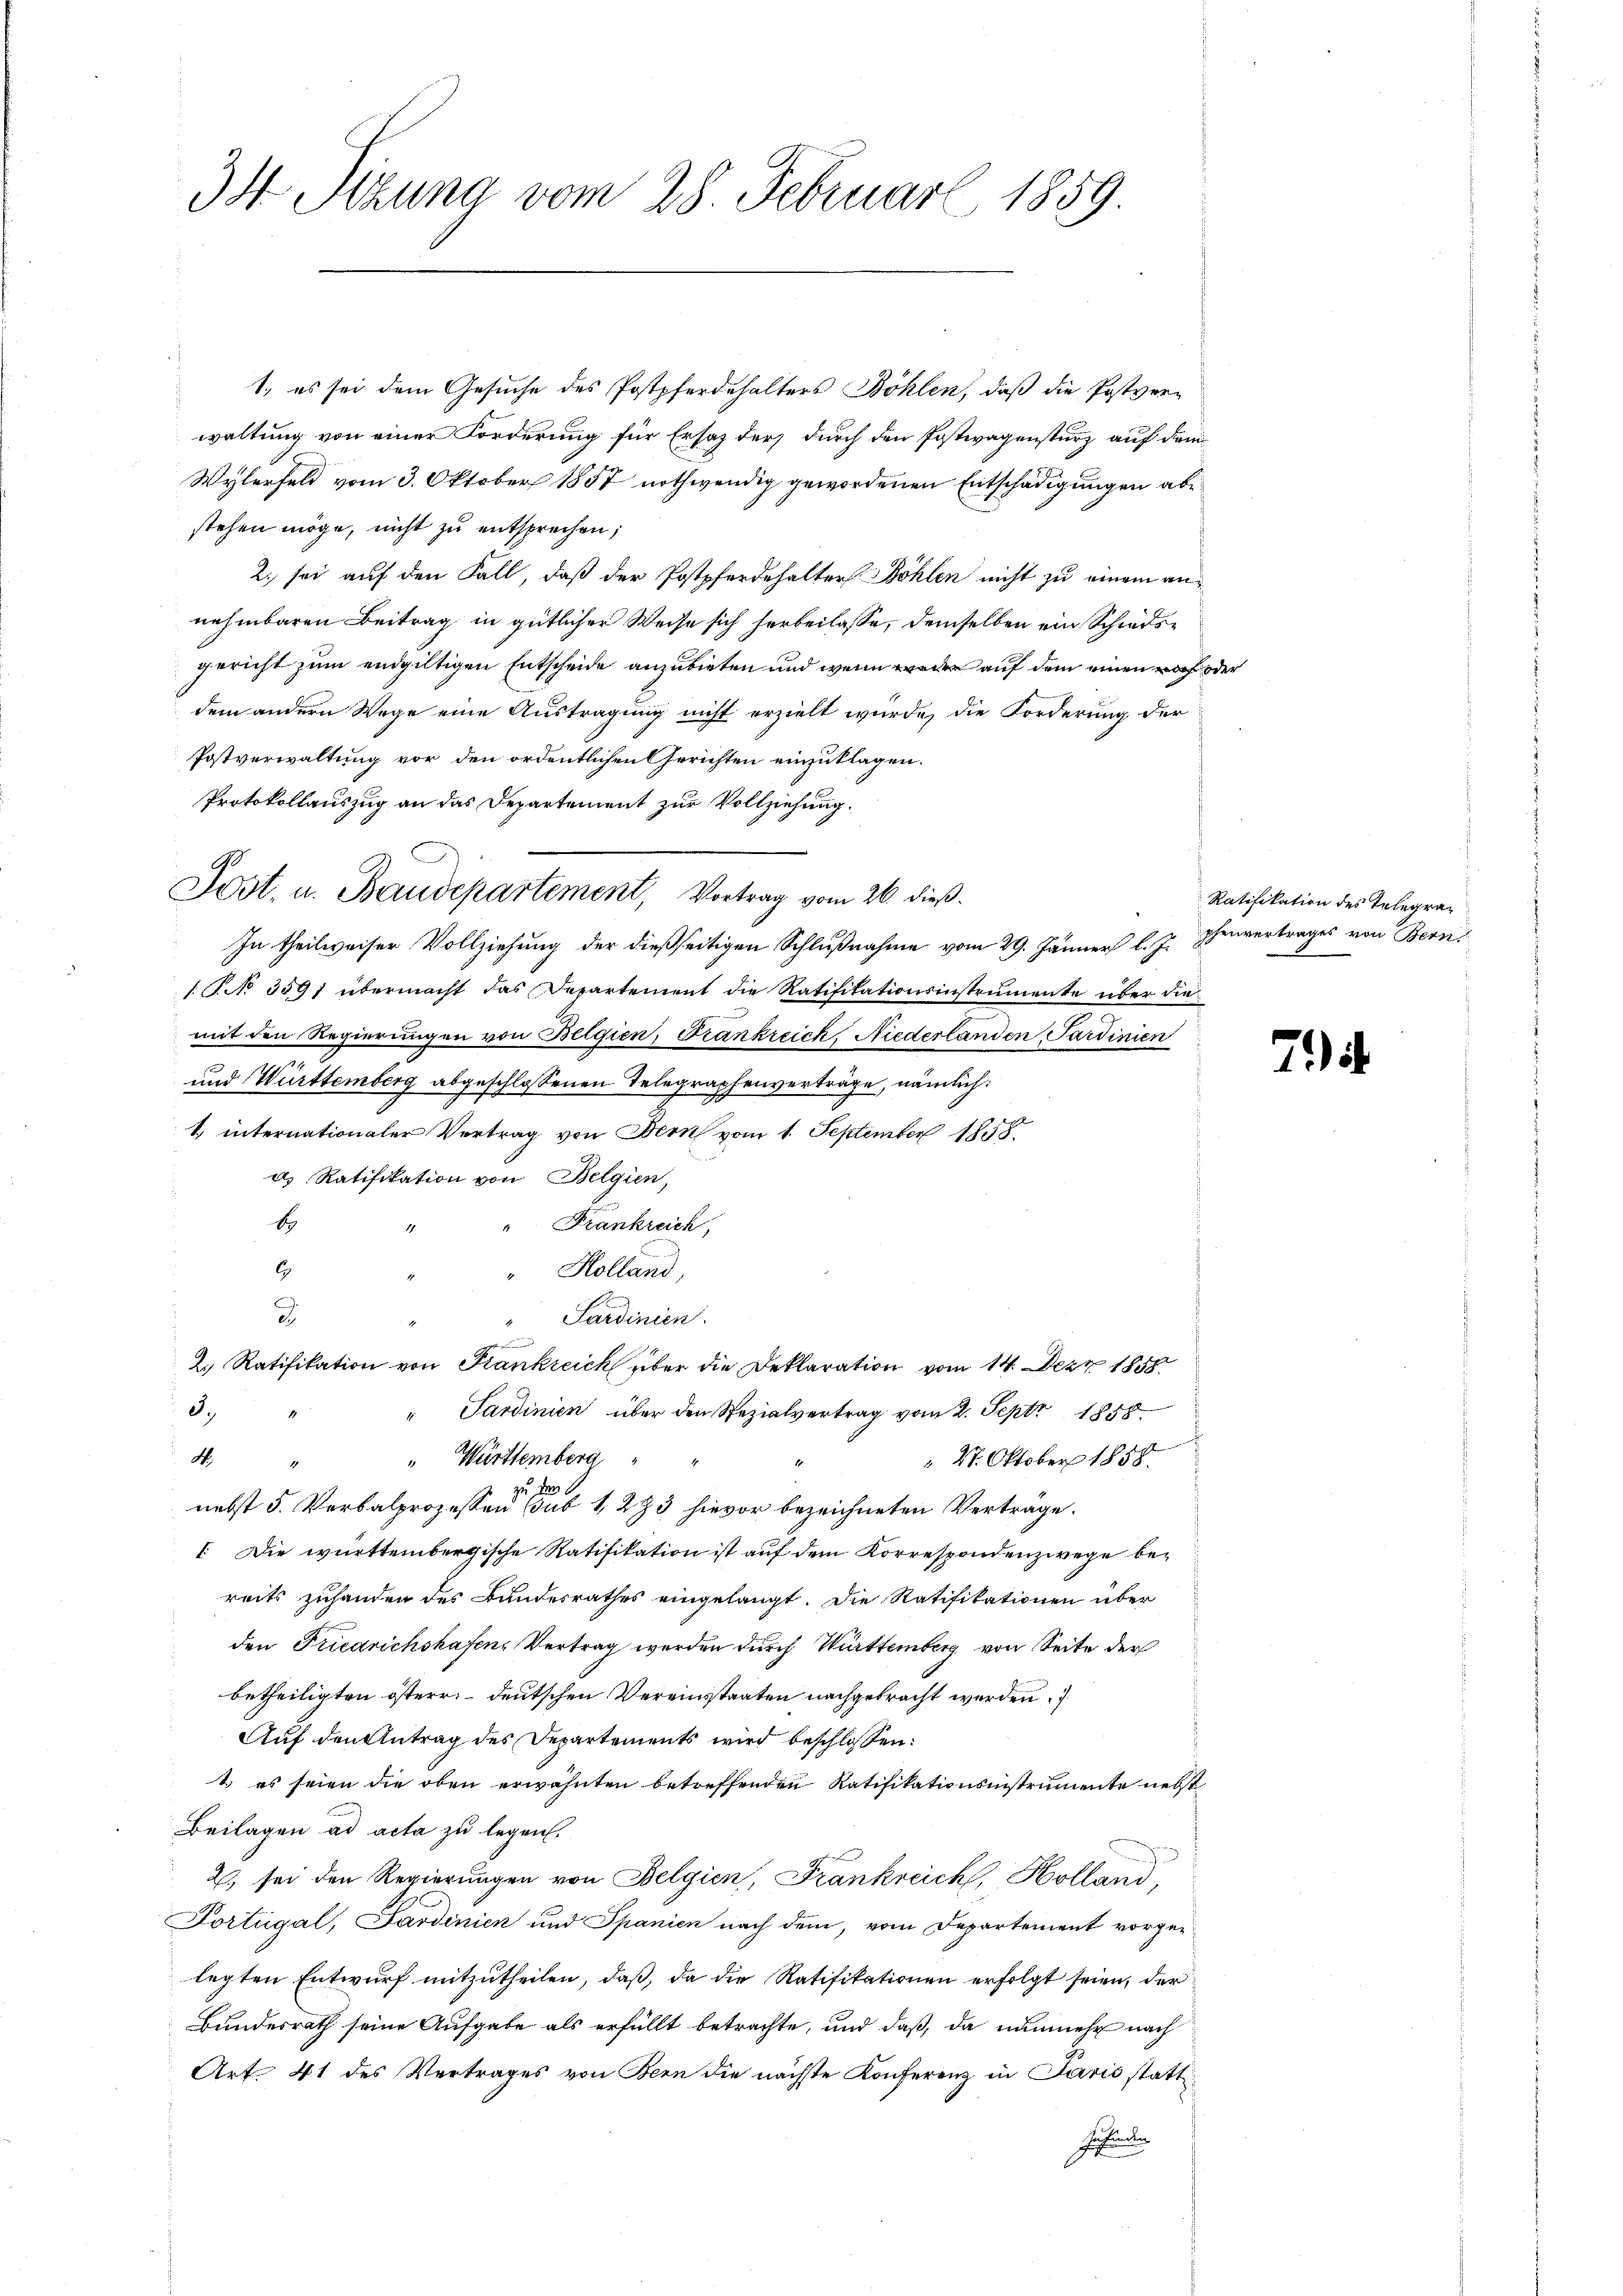
34 Sizung vom 28. Februar 1859.

1, es sei dem Gesuche des Postpferdehalters Böhlen, daß die Postver-
waltung von einer Forderung für Ersatz der durch den Postwagensturz auf dem
Wylerfeld vom 3. Oktober 1857 nothwendig gewordenen Entschädigungen abe
stehen möge, nicht zu entsprechen;
2. sei auf den Fall, daß der Postpferdehalter Böhlen nicht zu einem annehmbaren Beitrag in gütlicher Weise sich herbeilasse, demselben ein Schiedsgericht zum endgültigen Entscheide anzubieten und wenn weder auf dem einen noch oder
dem andern Wege eine Austragung nicht erzielt wurde, die Forderung der
Postverwaltung vor den ordentlichen Gerichten einzuklagen.
Protokollauszug an das Departement zur Vollziehung.
G
Jost, u. Baudepartement, Vortrag vom 26. dieß.
In theilweiser Vollziehung der dießseitigen Schlußnahme vom 29. Jänner l. J. Ehevertrages von Bern
1.P. No 359) übermacht das Departement die Ratifikationsinstrumente über die
mit den Regierungen von Belgien, Frankreich, Niederländen Sardinien
und Württemberg abgeschlossenen Telegraphenverträge, nämlich:
1. internationaler Vertrag von Bern vom 1. September 1858.
d) Ratifikation von Belgien,
b
Frankreich,
6
Kolland,
d
Sardinien.
u
2. Ratifikation von Frankreich über die Deklaration vom 14. Dez. 1858
3.
" Sardinien über den Spezialvertrag vom 2. Sept. 1858.
M.
" Württemberg
 27. Oktober 1858.
1
.
zu
nebst 5. Verbalprozessen sub 1, 233 hievor bezeichneten Verträge.
1. Die württembergische Ratifikation ist auf dem Korrespondenzwege bereits zuhanden des Landesrathes eingelangt. Die Ratifikationen über
den Friedrichshafen, Vertrag werden durch Württemberg von Seite der
betheiligten österr. deutschen Vereinsstaaten nachgebracht werden,
Auf den Antrag des Departements wird beschlossen:
t. es seien die oben erwähnten betreffenden Ratifikationsinstrumente nebst
Beilagen ad acta zu legen.
2., sei den Regierungen von Belgien, Frankreich, Holland,
Fortugal, Sardinien und Spanien nach dem, vom Departement vorgelegten Entwurf mitzutheilen, daß, da die Ratifikationen erfolgt seien, der
Bundesrath seine Aufgabe als erfüllt betrachte, und daß, da nunmehr nach
Art. 41 des Vertrages von Bern die nächste Konferenz in Paris statt¬
Zehenden

Ratifikation des Telegra¬

7